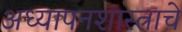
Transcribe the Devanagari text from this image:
अध्यापनशास्त्राचे